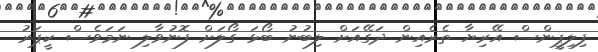
ފިލިޕީންސް އޭރިޔާ ތެރެއިން ދަގޭއަށް ލިބުނު ބޯޅަ ގޯލަށް ފޮނުވާލި ނަމަވެސް ކީޕަރު